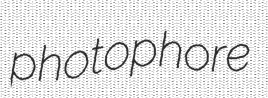
photophore